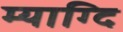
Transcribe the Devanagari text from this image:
म्याग्दि